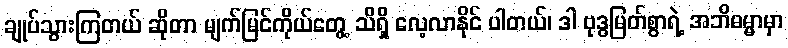
ချုပ်သွားကြတယ် ဆိုတာ မျက်မြင်ကိုယ်တွေ့ သိရှိ လေ့လာနိုင် ပါတယ်၊ ဒါ ဗုဒ္ဓမြတ်စွာရဲ့ အဘိဓမ္မာမှာ